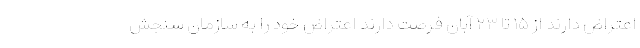
اعتراض دارند از ۱۵ تا ۲۳ آبان فرصت دارند اعتراض خود را به سازمان سنجش